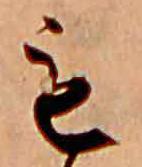
も